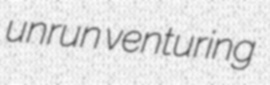
unrun venturing